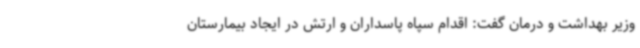
وزیر بهداشت و درمان گفت: اقدام سپاه پاسداران و ارتش در ایجاد بیمارستان